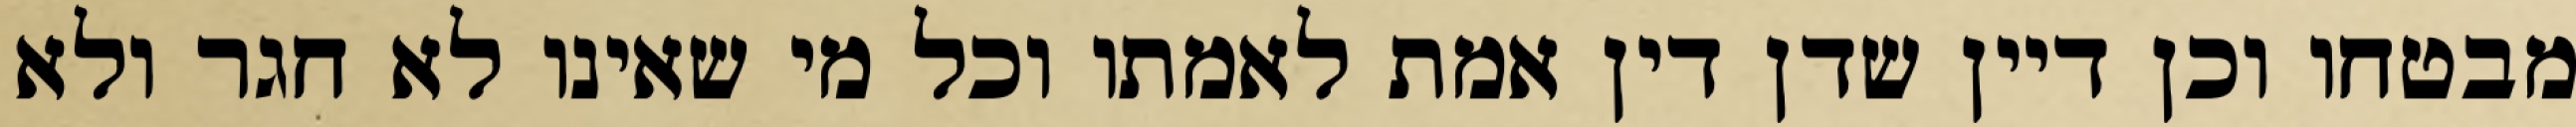
מבטחו וכן דיין שדן דין אמת לאמתו וכל מי שאינו לא חגר ולא